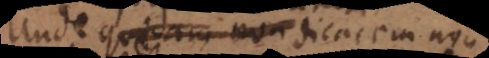
unde quendam hominem dicacem non